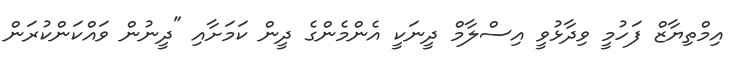
އިމްތިޔާޒް ފަހުމީ ވިދާޅުވީ އިސްލާމް ދީނަކީ އެންމެންގެ ދީން ކަމަށާއި "ދީނުން ވައްކަންކުރަން